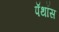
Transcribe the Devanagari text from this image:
पॅथॉस